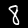
Label: 8